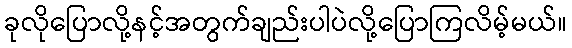
ခုလိုပြောလို့နင့်အတွက်ချည်းပါပဲလို့ပြောကြလိမ့်မယ်။